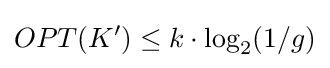
OPT(K')\leq k\cdot \log _{2}(1/g)